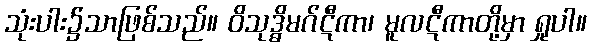
သုံးပါး၌သာဖြစ်သည်။ ဝိသုဒ္ဓိမဂ်ဋီကာ၊ မူလဋီကာတို့မှာ ရှုပါ။